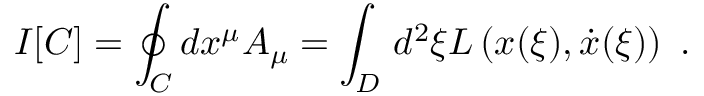
I [ C ] = \oint _ { C } d x ^ { \mu } A _ { \mu } = \int _ { D } \, d ^ { 2 } { \xi } L \left( x ( { \xi } ) , \dot { x } ( { \xi } ) \right) \ .